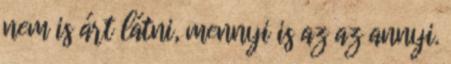
nem is árt látni, mennyi is az az annyi.